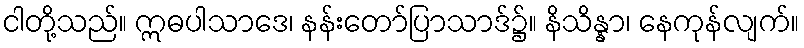
ငါတို့သည်။ ဣဓပါသာဒေ၊ နန်းတော်ပြာသာဒ်၌။ နိသိန္နာ၊ နေကုန်လျက်။